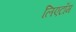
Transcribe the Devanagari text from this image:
लिएटॉम